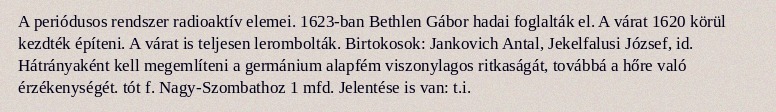
A periódusos rendszer radioaktív elemei. 1623-ban Bethlen Gábor hadai foglalták el. A várat 1620 körül kezdték építeni. A várat is teljesen lerombolták. Birtokosok: Jankovich Antal, Jekelfalusi József, id. Hátrányaként kell megemlíteni a germánium alapfém viszonylagos ritkaságát, továbbá a hőre való érzékenységét. tót f. Nagy-Szombathoz 1 mfd. Jelentése is van: t.i.